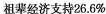
祖辈经济支持26.6%